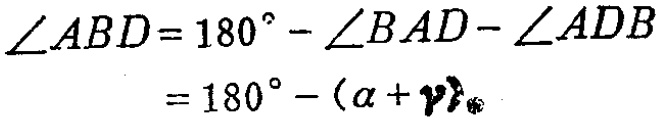
\[
\begin{align*}
\angle ABD&=180^{\circ}-\angle BAD - \angle ADB\\
&=180^{\circ}-(\alpha + \gamma)
\end{align*}
\]